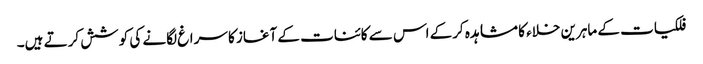
فلکیات کے ماہرین خلاء کا مشاہدہ کرکے اس سے کائنات کے آغاز کا سراغ لگانے کی کوشش کرتے ہیں۔